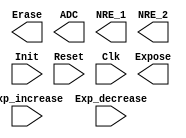
`timescale 1ns / 1ps
//////////////////////////////////////////////////////////////////////////////////
// Company: 
// Engineer: 
// 
// Design Name: 
// Module Name: re_controller
// Project Name: 
// Target Devices: 
// Tool Versions: 
// Description: 
// 
// Dependencies: 
// 
// Revision:
// Revision 0.01 - File Created
// Additional Comments:
// 
//////////////////////////////////////////////////////////////////////////////////


module re_control(Expose, Erase, ADC, NRE_1, NRE_2,
	Init, Exp_increase, Exp_decrease, Reset, Clk);

	input Init, Exp_increase, Exp_decrease, Reset, Clk;
	output Expose, Erase, ADC, NRE_1, NRE_2;
	
	
	//
	// Your code goes here
	//
	
endmodule // re_control